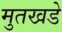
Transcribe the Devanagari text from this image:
मुतखडे